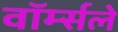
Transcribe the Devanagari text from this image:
वॉर्म्सले